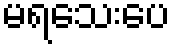
မရသေးပေ